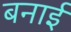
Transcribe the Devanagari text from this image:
बनार्इ